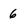
Character: 6